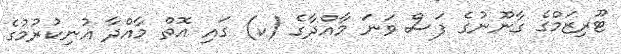
ޓޫރިޒަމްގެ ގާނޫނުގެ ފަސް ވަނަ މާއްދާގެ (ކ) ގައި އޮތް މާއްދާ އުނިކުރުމުގެ